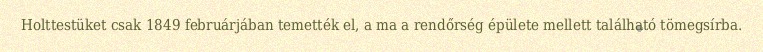
Holttestüket csak 1849 februárjában temették el, a ma a rendőrség épülete mellett található tömegsírba.